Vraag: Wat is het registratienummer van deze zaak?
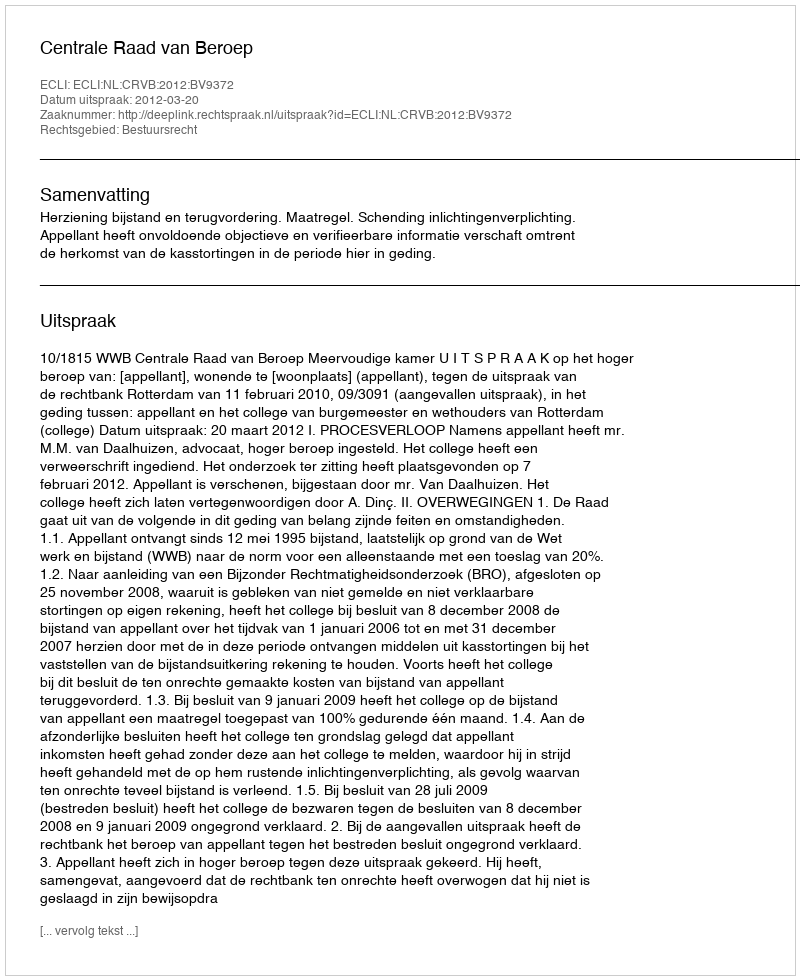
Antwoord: http://deeplink.rechtspraak.nl/uitspraak?id=ECLI:NL:CRVB:2012:BV9372